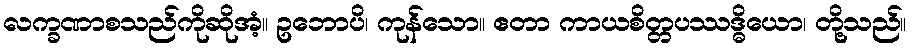
လက္ခဏာစသည်ကိုဆိုအံ့။ ဥဘောပိ၊ ကုန်သော။ ဧတာ ကာယစိတ္တပဿဒ္ဓိယော၊ တို့သည်။